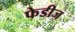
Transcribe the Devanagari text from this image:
फेडीज